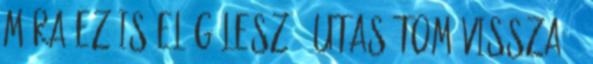
mára ez is elég lesz - utasítom vissza -